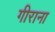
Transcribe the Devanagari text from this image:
गीराना